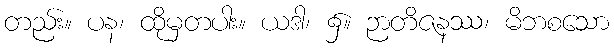
တည်း။ ပန၊ ထိုမှတပါး။ ယဒါ၊ ၌။ ဉာတိဇနဿ၊ မိဘစသော